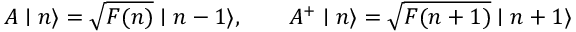
A \mid n \rangle = \sqrt { F ( n ) } \mid n - 1 \rangle , \qquad A ^ { + } \mid n \rangle = \sqrt { F ( n + 1 ) } \mid n + 1 \rangle